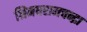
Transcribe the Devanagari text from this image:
श्रिमधरामचन्द्रा